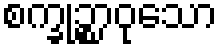
စက္ခုဉ္စာဝုသော